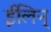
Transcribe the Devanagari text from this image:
ईलिन्